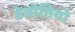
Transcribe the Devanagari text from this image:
डेवोतियो